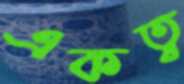
একত্ব